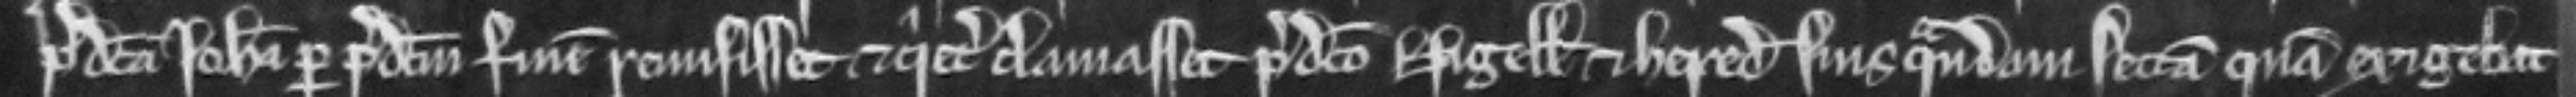
predicta Johanna per predictum finem remisisset et quietum clamasset predicto Nigello et heredibus suis quandam sectam quam exigebat